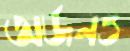
অর্জনও